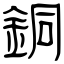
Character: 銅